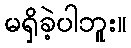
မရှိခဲ့ပါဘူး။